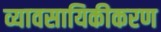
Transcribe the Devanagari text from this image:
व्यावसायिकीकरण